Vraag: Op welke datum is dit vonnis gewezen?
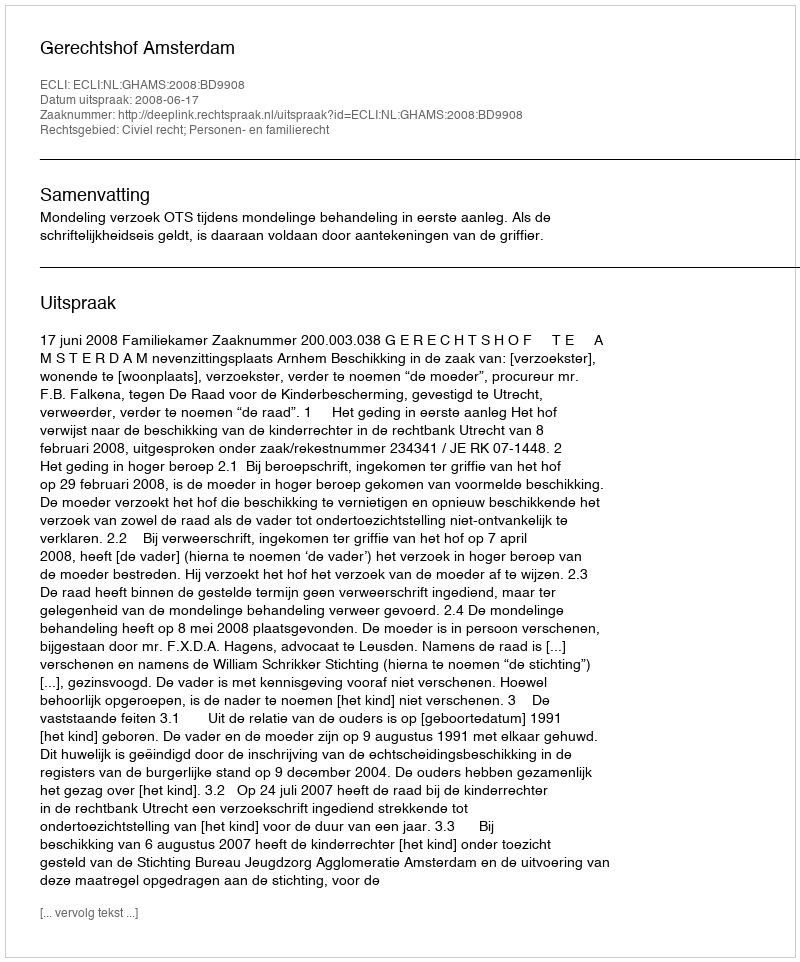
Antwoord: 2008-06-17